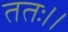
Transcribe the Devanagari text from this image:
ततः।।